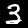
Label: 3